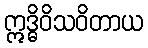
ဣဒ္ဓိဝိသဝိတာယ